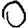
Digit: 0